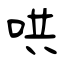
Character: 哄